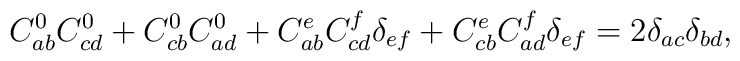
C_{ab}^0C_{cd}^0+C_{cb}^0C_{ad}^0+C_{ab}^eC_{cd}^f\delta_{ef}+C_{cb}^eC_{ad}^f\delta _{ef}=2\delta _{ac}\delta _{bd},